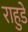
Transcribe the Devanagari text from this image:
राहुडे